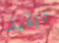
ديفيد